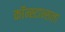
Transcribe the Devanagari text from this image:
कॉन्स्टान्सला